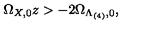
\Omega _ { X , 0 } z > - 2 \Omega _ { \Lambda _ { ( 4 ) } , 0 } ,